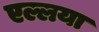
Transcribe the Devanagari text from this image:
एल्लया